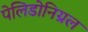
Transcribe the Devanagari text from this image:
पेलिडोनिग्रल